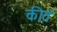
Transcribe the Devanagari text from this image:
कीतं